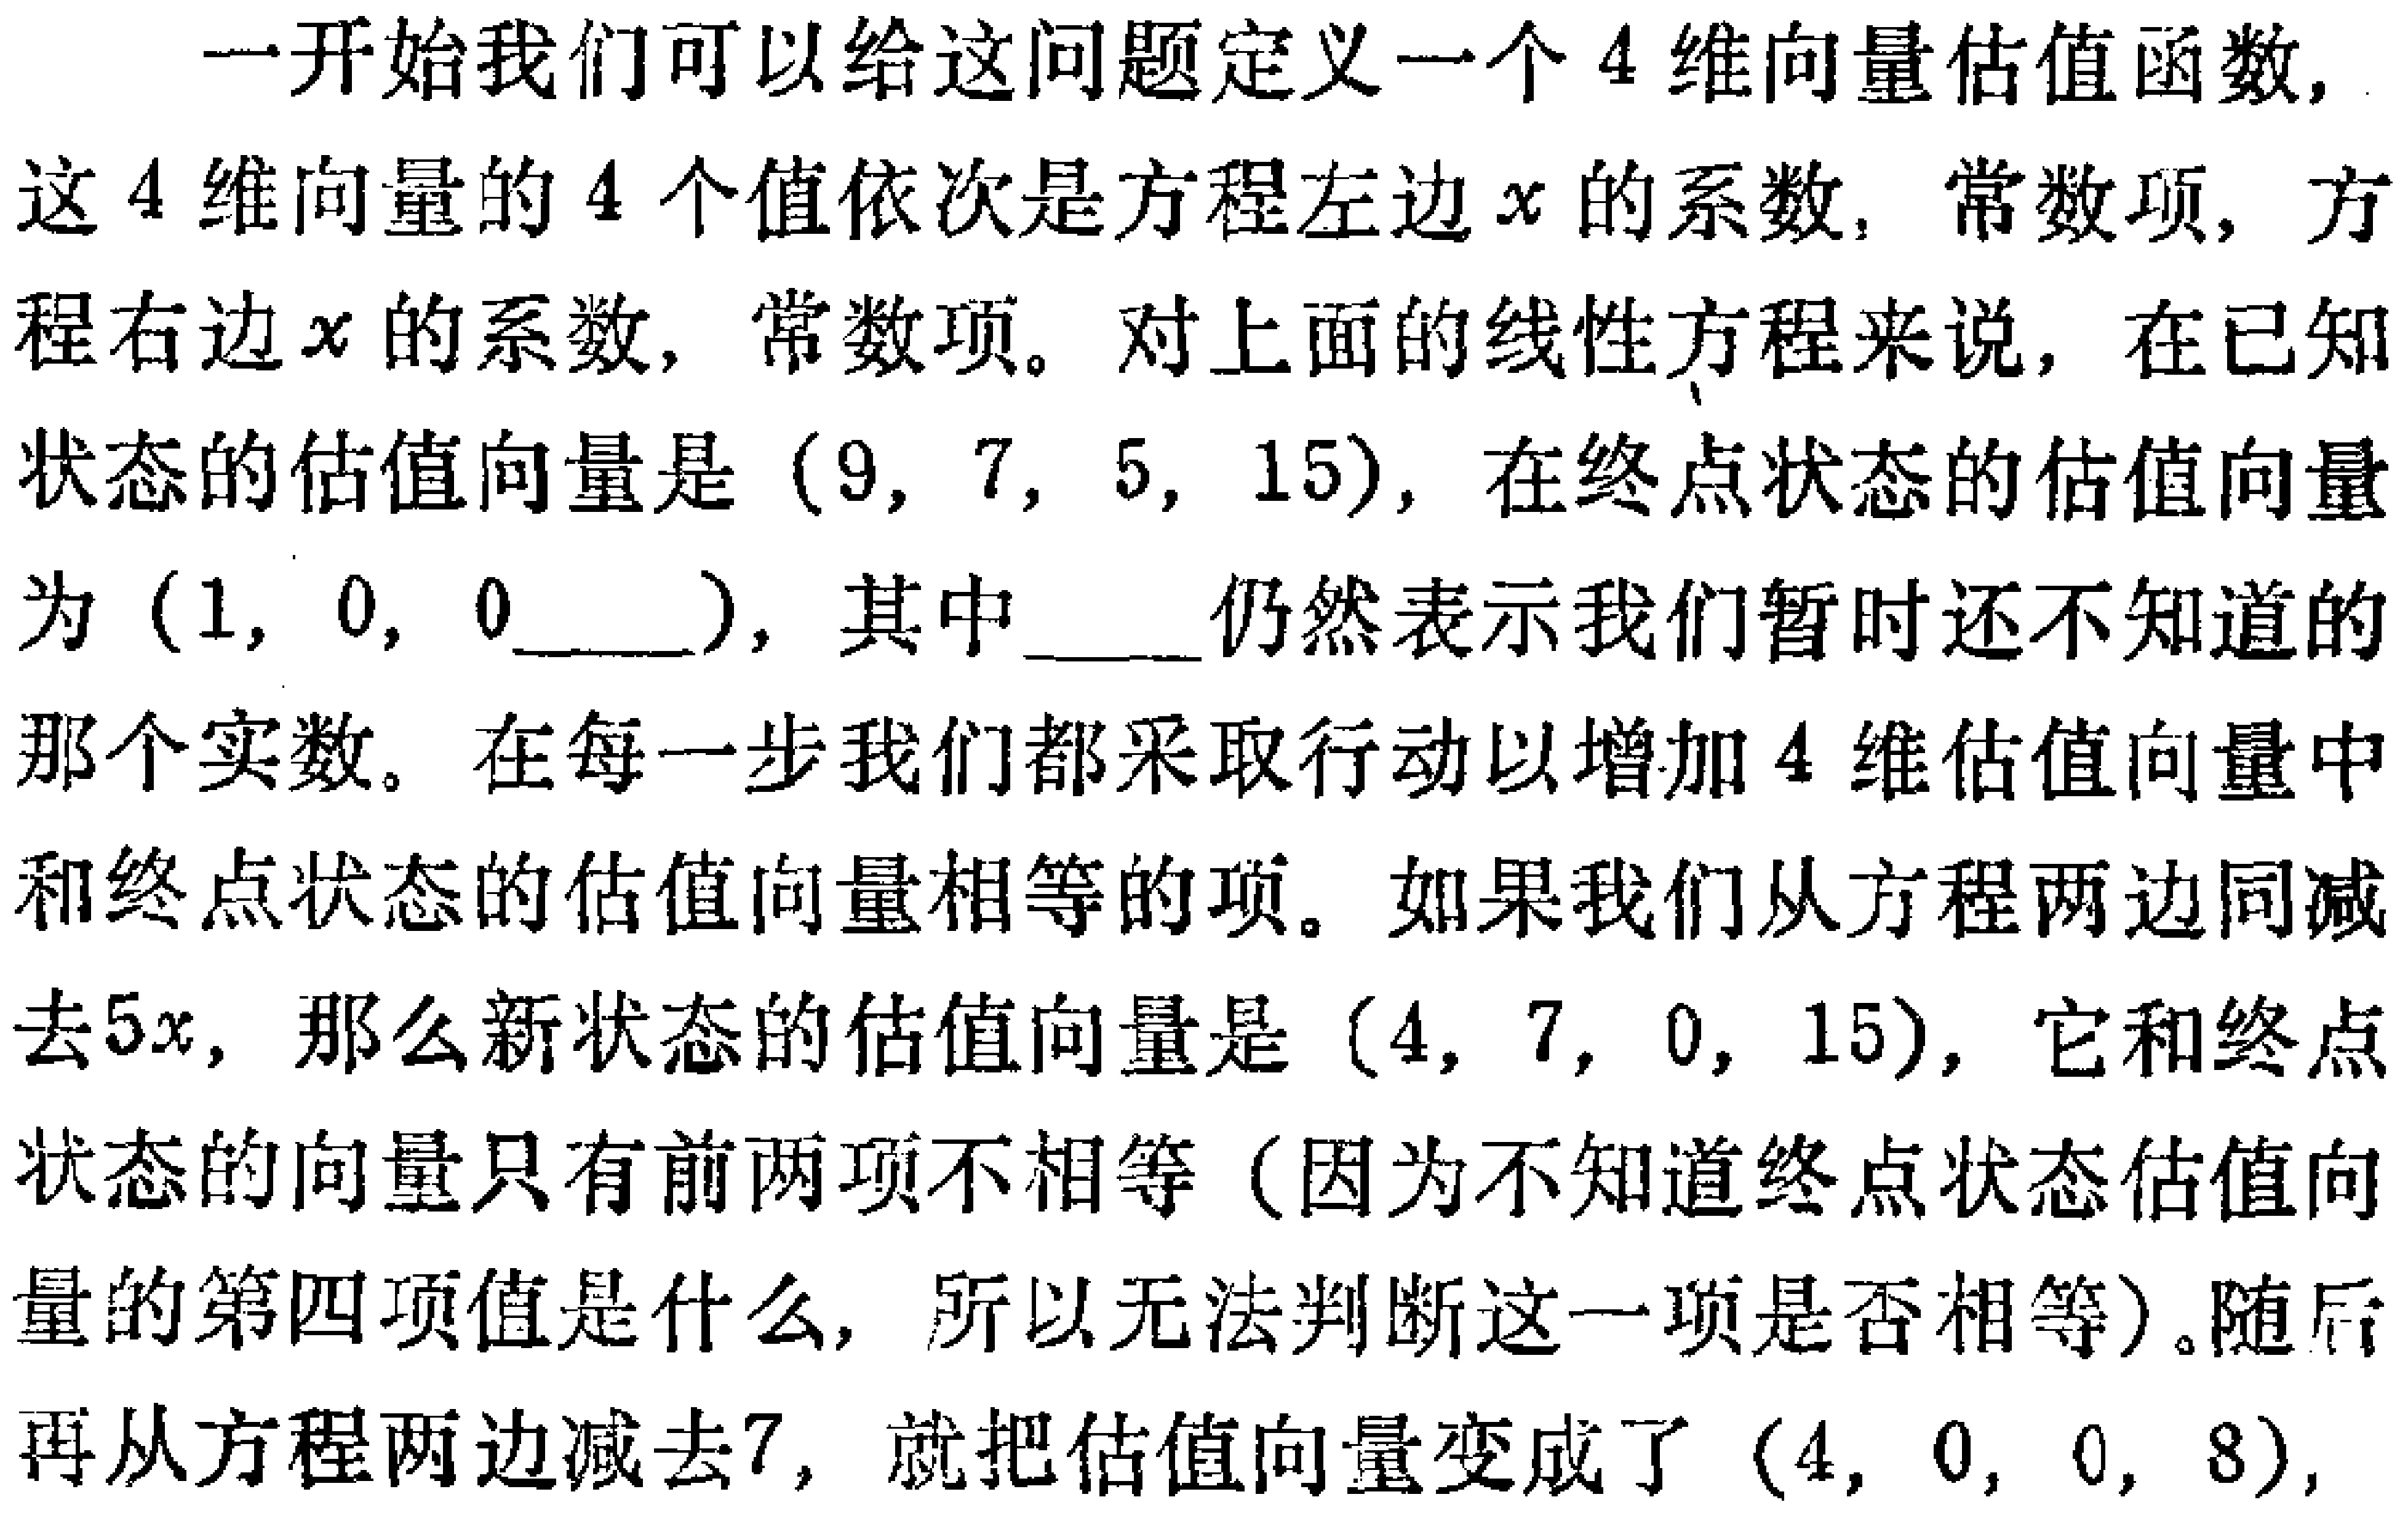
一开始我们可以给这问题定义一个 4 维向量估值函数,

这 4 维向量的 4 个值依次是方程左边 \(x\) 的系数, 常数项, 方

程右边 \(x\) 的系数, 常数项。对上面的线性方程来说, 在已知

状态的估值向量是 \((9, 7, 5, 15)\), 在终点状态的估值向量

为 \((1, 0, 0\_\_\_)\), 其中 \_\_\_仍然表示我们暂时还不知道的

那个实数。在每一步我们都采取行动以增加 4 维估值向量中

和终点状态的估值向量相等的项。如果我们从方程两边同减

去 \(5x\), 那么新状态的估值向量是 \((4, 7, 0, 15)\), 它和终点

状态的向量只有前两项不相等（因为不知道终点状态估值向

量的第四项值是什么, 所以无法判断这一项是否相等）。随后

再从方程两边减去 7, 就把估值向量变成了 \((4, 0, 0, 8)\),